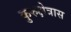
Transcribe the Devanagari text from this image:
कुरुक्षेत्रास